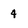
Character: 4